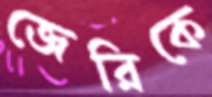
জেরিকে